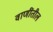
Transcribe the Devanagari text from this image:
वाणींतील